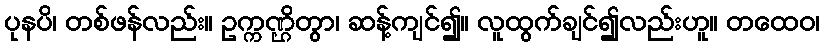
ပုနပိ၊ တစ်ဖန်လည်း။ ဥက္ကဏ္ဌိတွာ၊ ဆန့်ကျင်၍။ လူထွက်ချင်၍လည်းဟူ။ တထေဝ၊